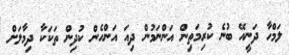
ލަމްހާ ދަނީއޭ ބުނެ ކުރިމަތިން އަންނަމުން ދިއަ އަންހެން ކުދިން ތަކަކާ ދިމާލަށް